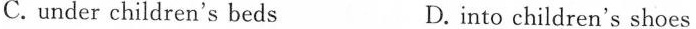
C. under children's beds D.into children's shoes